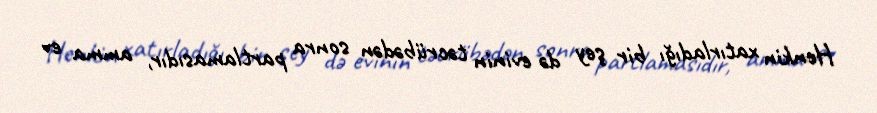
Henkin xatırladığı bir şey də evinin təcrübədən sonra partlamasıdır, amma ev